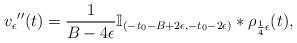
LaTeX: \begin{align*}v_\epsilon{''}(t)=\frac{1}{B-4\epsilon}\mathbb{I}_{(-t_0-B+2\epsilon,-t_0-2\epsilon)}*\rho_{\frac{1}{4}\epsilon}(t),\end{align*}